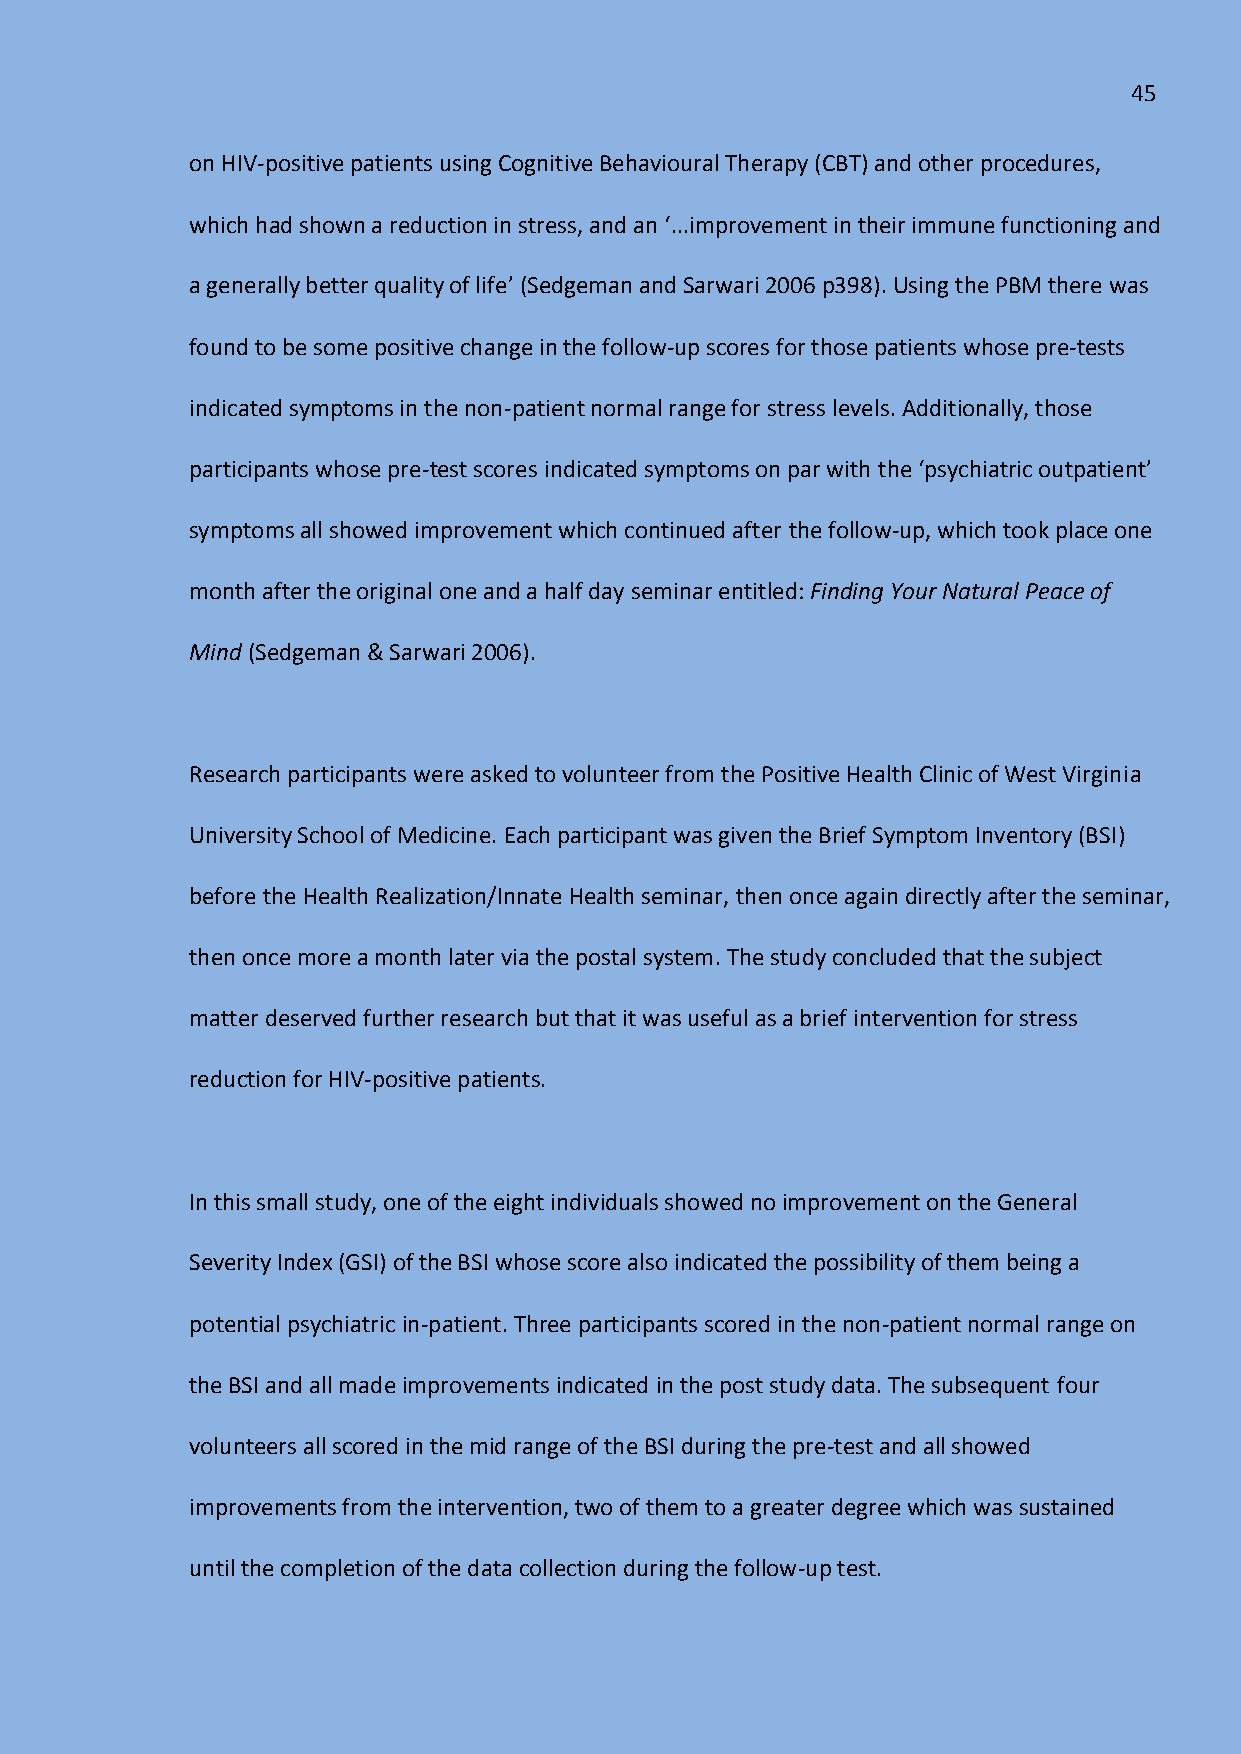
45
 on HIV-positive patients using Cognitive Behavioural Therapy (CBT) and other procedures,
 which had shown a reduction in stress, and an ‘...improvement in their immune functioning and
 a generally better quality of life’ (Sedgeman and Sarwari 2006 p398). Using the PBM there was
 found to be some positive change in the follow-up scores for those patients whose pre-tests
 indicated symptoms in the non-patient normal range for stress levels. Additionally, those
 participants whose pre-test scores indicated symptoms on par with the ‘psychiatric outpatient’
 symptoms all showed improvement which continued after the follow-up, which took place one
 month after the original one and a half day seminar entitled: Finding Your Natural Peace of
 Mind (Sedgeman & Sarwari 2006).
 Research participants were asked to volunteer from the Positive Health Clinic of West Virginia
 University School of Medicine. Each participant was given the Brief Symptom Inventory (BSI)
 before the Health Realization/Innate Health seminar, then once again directly after the seminar,
 then once more a month later via the postal system. The study concluded that the subject
 matter deserved further research but that it was useful as a brief intervention for stress
 reduction for HIV-positive patients.
 In this small study, one of the eight individuals showed no improvement on the General
 Severity Index (GSI) of the BSI whose score also indicated the possibility of them being a
 potential psychiatric in-patient. Three participants scored in the non-patient normal range on
 the BSI and all made improvements indicated in the post study data. The subsequent four
 volunteers all scored in the mid range of the BSI during the pre-test and all showed
 improvements from the intervention, two of them to a greater degree which was sustained
 until the completion of the data collection during the follow-up test.